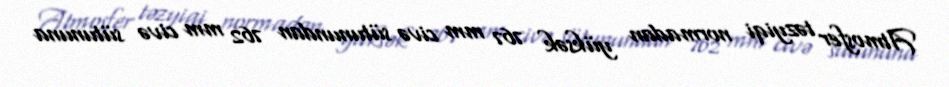
Atmosfer təzyiqi normadan yüksək 767 mm civə sütunundan 762 mm civə sütununa